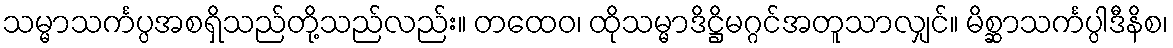
သမ္မာသင်္ကပ္ပအစရှိသည်တို့သည်လည်း။ တထေဝ၊ ထိုသမ္မာဒိဋ္ဌိမဂ္ဂင်အတူသာလျှင်။ မိစ္ဆာသင်္ကပ္ပါဒီနိစ၊